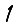
Digit: 1